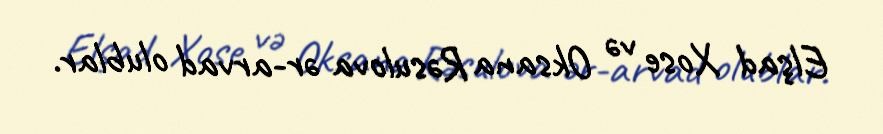
Elşad Xose və Oksana Rəsulova ər-arvad olublar.